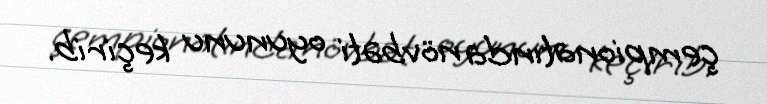
çempionatında növbəti oyununu keçirib.